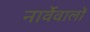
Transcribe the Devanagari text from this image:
नार्वेवालों